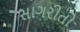
સાગરીતો